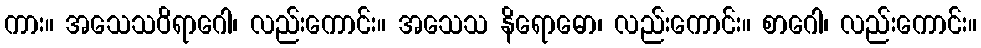
ကား။ အသေသဝိရာဂေါ၊ လည်းကောင်း။ အသေသ နိရောဓော၊ လည်းကောင်း။ စာဂေါ၊ လည်းကောင်း။